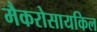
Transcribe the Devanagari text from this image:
मैकरोसायकिल